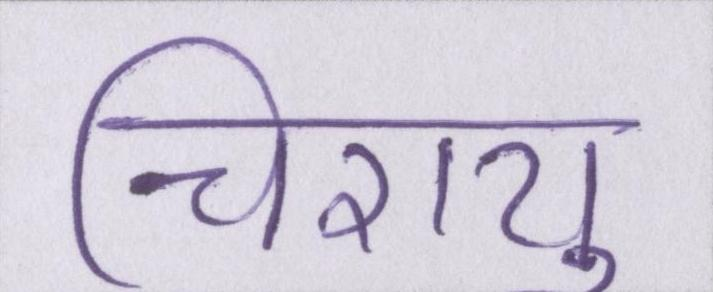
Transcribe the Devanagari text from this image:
चिरायु